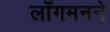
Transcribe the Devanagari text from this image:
लाँगमनने